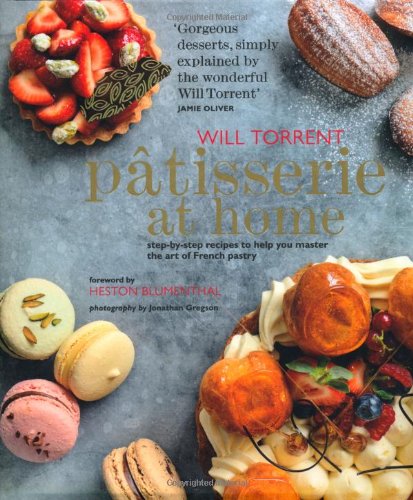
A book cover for Patisserie at Home: Step-By-Step Recipes to Help You Master the Art of French Pastry; Will Torrent; Cookbooks, Food & Wine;